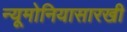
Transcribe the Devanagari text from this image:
न्यूमोनियासारखी